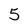
Character: 5